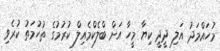
މުހައްމަދު އަލި ދީދީ ކިޔާ މީހާ އަށް ބްލެކްމެއިލް ކުރުމުގެ ތުހުމަތު ކުރެވި